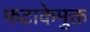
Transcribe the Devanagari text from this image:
फटाकेमुक्त